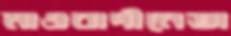
মাওবাদীনেতা